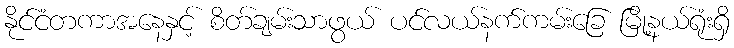
နိုင်ငံတကာအနေနှင့် စိတ်ချမ်းသာဖွယ် ပင်လယ်နက်ကမ်းခြေ မြို့နယ်ရုံးရှိ